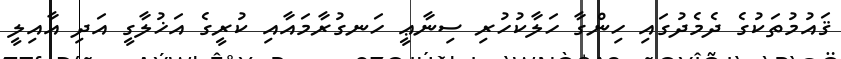
ޤައުމުތަކުގެ ދެމެދުގައި ހިންގާ ހަލާކުހުރި ސިނާޢީ ހަނގުރާމައާއި ކުރީގެ އަޚުލާގީ އަދި އާއިލީ